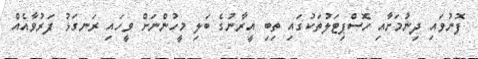
ފޮނުވައި ދިނުމަށާއި ހޮސްޕިޓަލުތަކުގައި ތިބި އީރާނުގެ ބަލި މީހުންނަށް ވީހައި ރަނގަޅު ފަރުވާއެއް